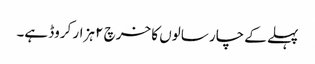
پہلے کے چار سالوں کا خرچ ۲ ہزار کروڈ ہے۔